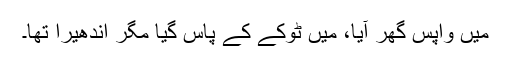
میں واپس گھر آیا، میں ٹوکے کے پاس گیا مگر اندھیرا تھا۔